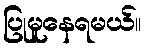
ပြုမူနေရမယ်။